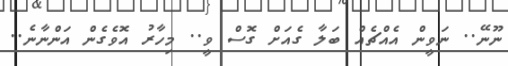
ނޫނޭ.. ނަވީން އެއްޗެއް ބަލާ ގެއަށް ގޮސް ވީ.. މިހާރު އޮވެގެން އަންނާނެ..